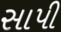
સાપી